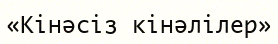
«Кінәсіз кінәлілер»